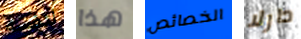
لنفسه هذا الخصائص دارلا